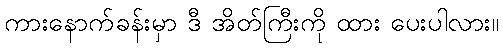
ကားနောက်ခန်းမှာ ဒီ အိတ်ကြီးကို ထား ပေးပါလား။